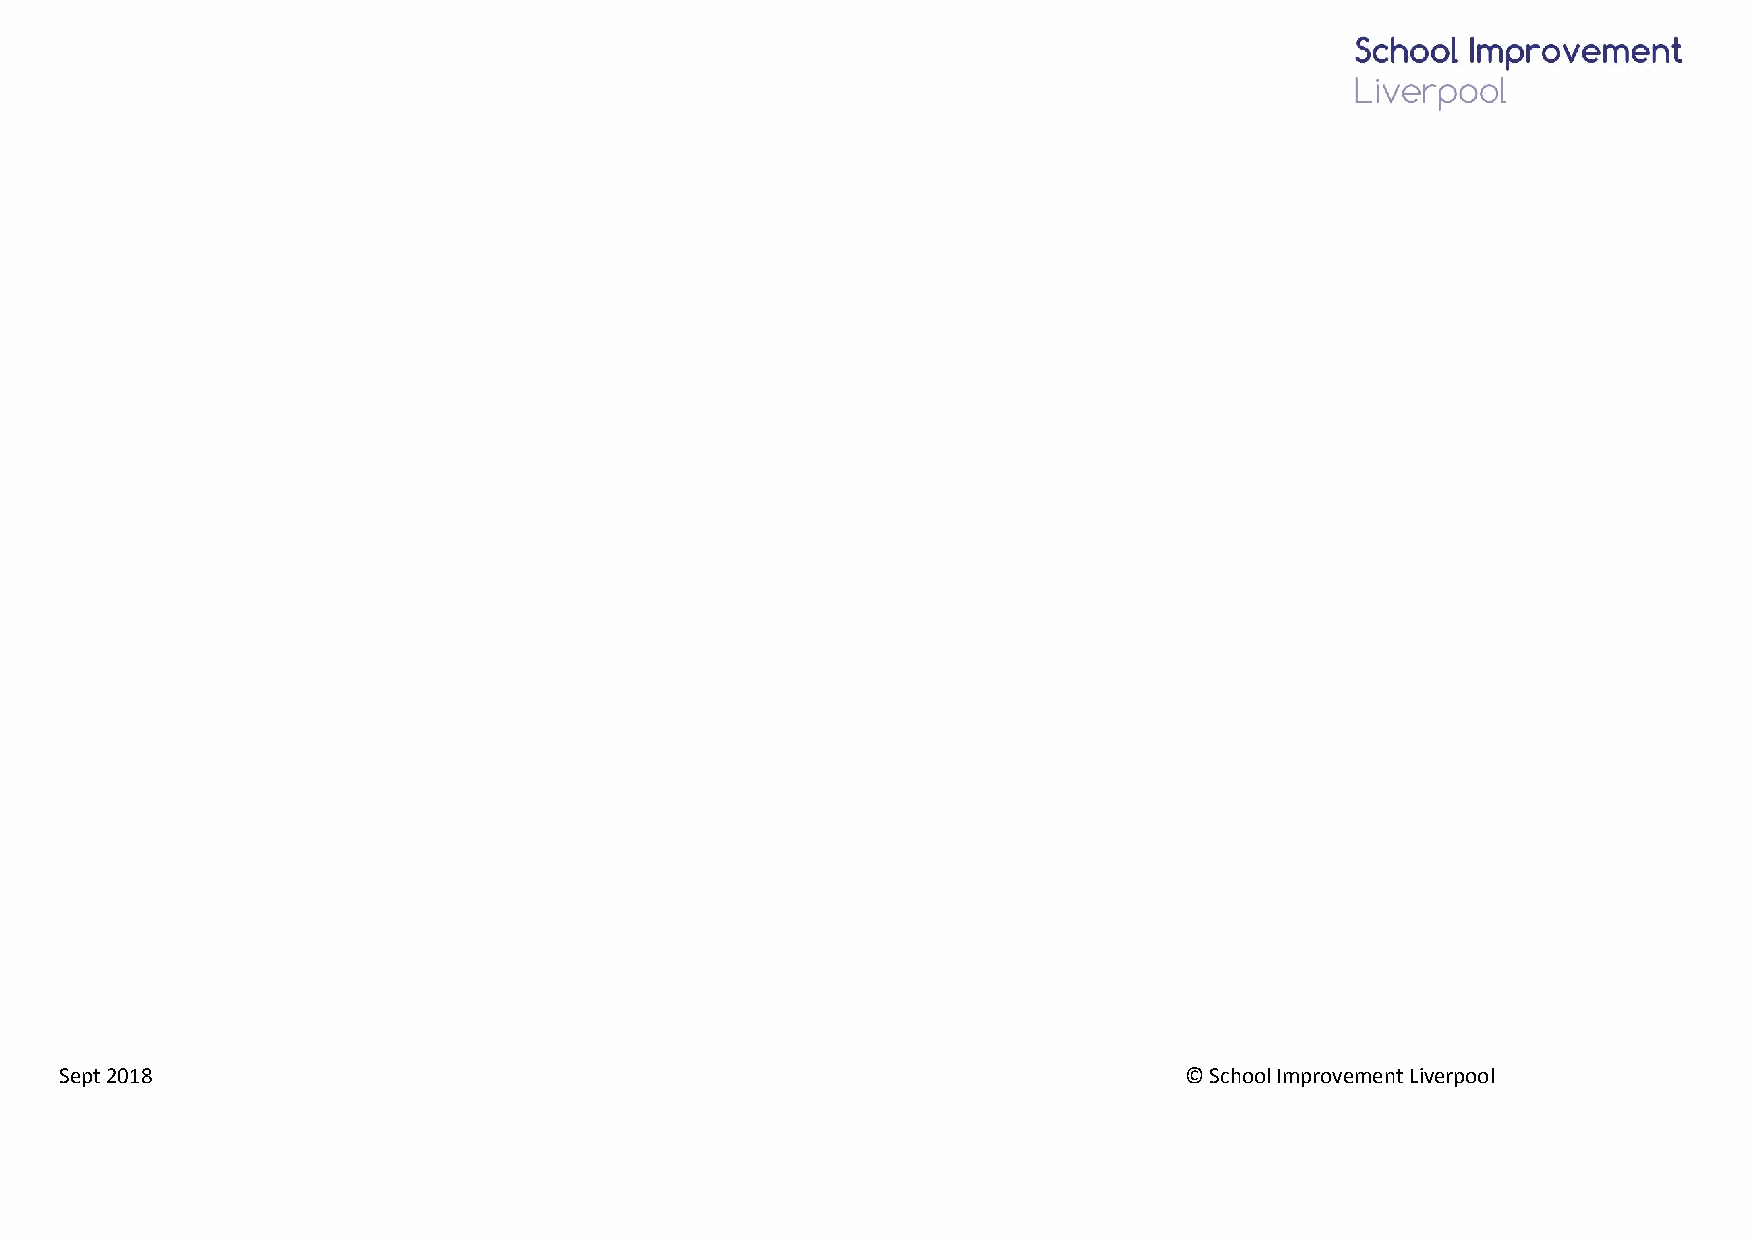
Sept 2018                                                                 © School Improvement Liverpool